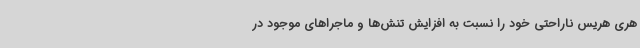
هری هریس ناراحتی خود را نسبت به افزایش تنش‌ها و ماجراهای موجود در